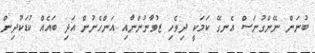
ބުނަން ނޭންގުނަސް އެނގޭ ކަމަކީ ދިވެހި ޒުވާނުންނާއި އަންހެނުން އަދި ބައެއް ކުޑަކުދިން